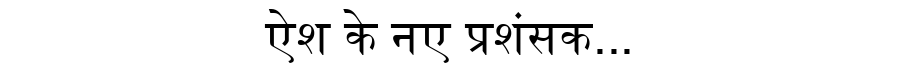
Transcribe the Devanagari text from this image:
ऐश के नए प्रशंसक...